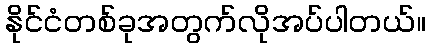
နိုင်ငံတစ်ခုအတွက်လိုအပ်ပါတယ်။